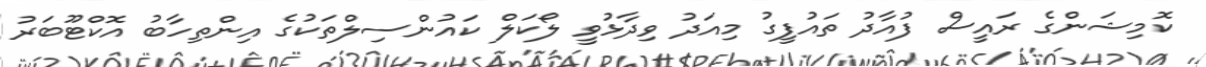
ކޮމިޝަންގެ ރައީސް ފުއާދު ތައުފީގު މިއަދު ވިދާޅުވީ ލޯކަލް ކައުންސިލްތަކުގެ އިންތިހާބު އޮކްޓޫބަރު